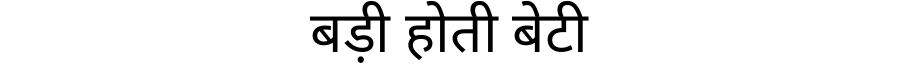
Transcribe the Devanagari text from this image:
बड़ी होती बेटी